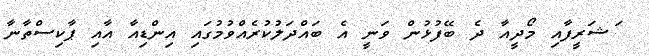
ަޝަރީފާއި މޯދީއާ ދެ ބޭފުޅުން ވަނީ އެ ބައްދަލުކުރެއްވުމުގައި އިންޑިއާ އާއި ޕާކިސްތާނާ